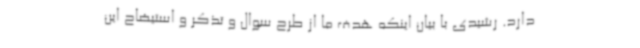
دارد. رشیدی با بیان اینکه هدف ما از طرح سوال و تذکر و استیضاح این